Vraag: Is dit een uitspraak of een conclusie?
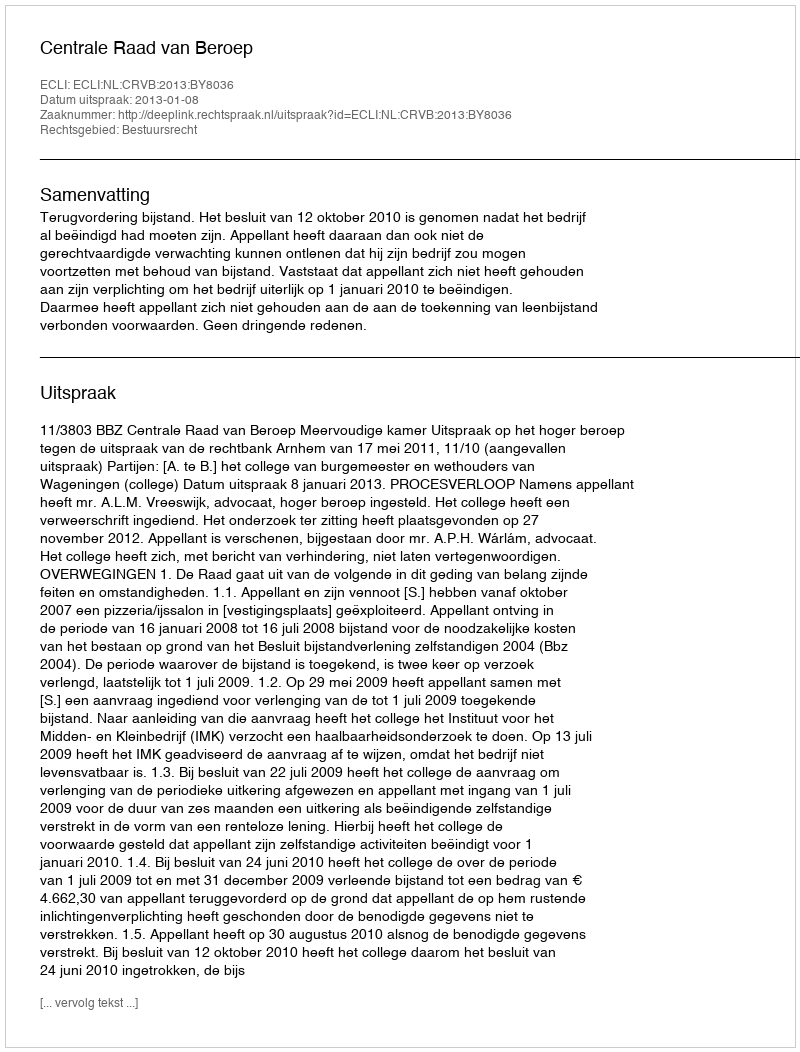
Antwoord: Uitspraak